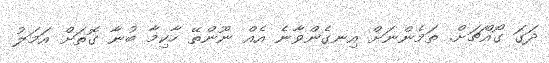
ދަގަ ގޯއްޗަށް. ތަމެންނަށް އިނގެންވާނެ އެއް ނޫންތޭ ހާކިމާ ބުނާ ގޮތަށް އަމަލު